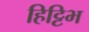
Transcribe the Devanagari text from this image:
हिट्टिभ